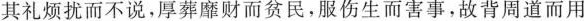
其礼烦扰而不说，厚葬靡财而贫民，服伤生而害事，故背周道而用